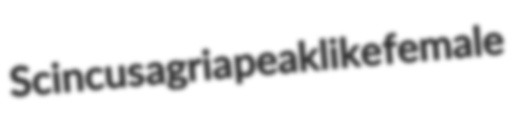
Scincus agria peaklike female